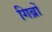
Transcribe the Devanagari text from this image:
गिब्रों